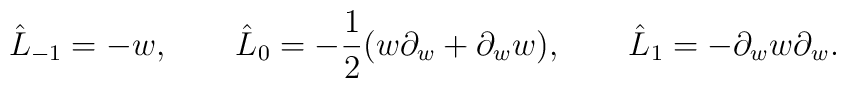
\hat L_{-1}=-w,\qquad \hat L_0=-{1\over 2}(w\partial_w+\partial_w w),\qquad\hat L_1=-\partial_w w\partial_w.